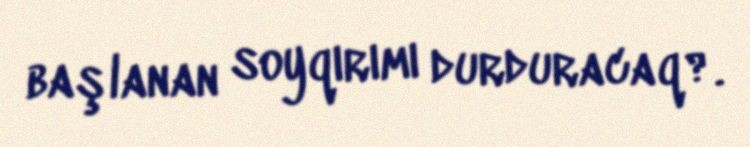
başlanan soyqırımı durduracaq?.